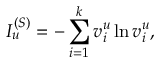
I _ { u } ^ { ( S ) } = - \sum _ { i = 1 } ^ { k } v _ { i } ^ { u } \ln v _ { i } ^ { u } ,